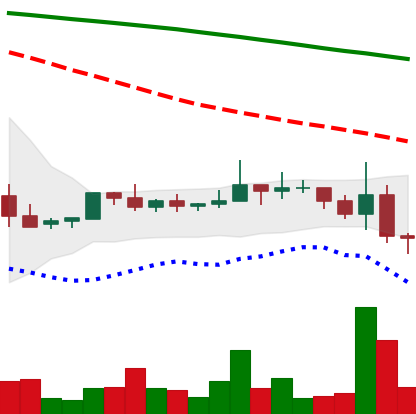
Ticker: NEO-USD
Chart end date: 2022-06-14
Forward return: -6.563%
Label: down_5_7